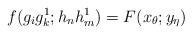
LaTeX: \begin{align*}f(g_ig^1_k;h_nh^1_m)=F(x_\theta;y_\eta) \end{align*}